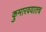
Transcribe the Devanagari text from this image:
कुमारवयातच